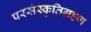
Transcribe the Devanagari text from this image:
परसंस्कृतिग्रहण